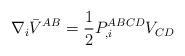
LaTeX: \begin{align*}\nabla_i \bar V^{AB} = {1 \over 2} P^{ABCD}_{,i} V_{CD}\end{align*}